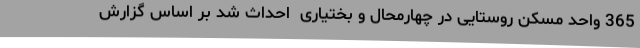
365 واحد مسکن روستایی در چهارمحال و بختیاری  احداث شد بر اساس گزارش